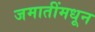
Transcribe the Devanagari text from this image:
जमातींमधून